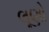
લૂણો